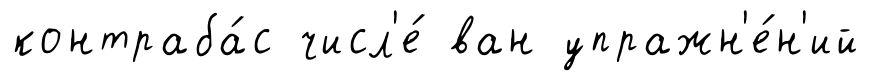
контраба́с числ'е́ ван упражн'е́н'ий